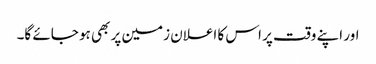
اور اپنے وقت پر اس کا اعلان زمین پر بھی ہو جائے گا۔